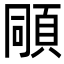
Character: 𩒗